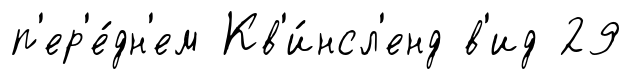
п'ер'е́дн'ем Кв'и́нсл'енд в'ид 29